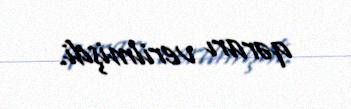
qərarı verilmişdi.